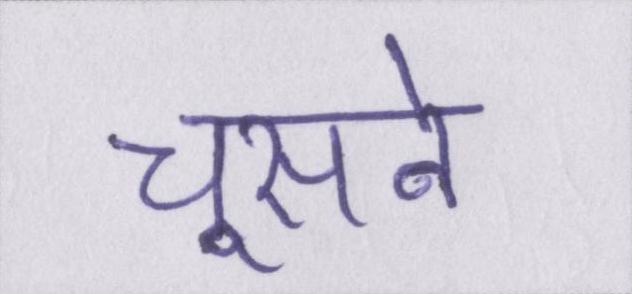
चूसने